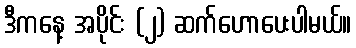
ဒီကနေ့ အပိုင်း (၂) ဆက်ဟောပေးပါမယ်။